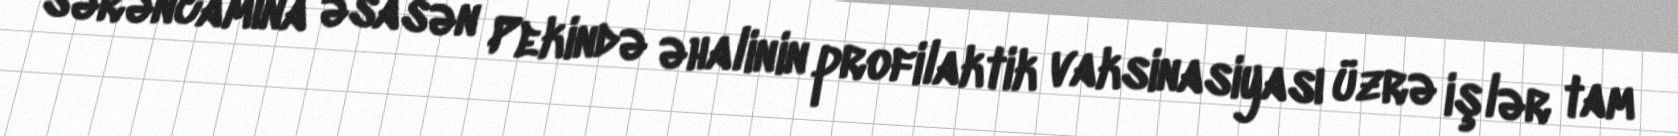
sərəncamına əsasən Pekində əhalinin profilaktik vaksinasiyası üzrə işlər tam